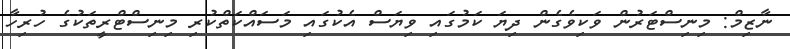
ނާޒިމް: މިނިސްޓަރުން ވަކިވެގެން ދިޔަ ކަމުގައި ވިޔަސް އެކުގައި މަސައްކަތްކުރި މިނިސްޓްރީތަކުގެ ހުރިހާ